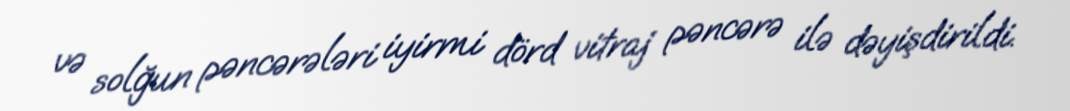
və solğun pəncərələri iyirmi dörd vitraj pəncərə ilə dəyişdirildi.